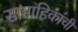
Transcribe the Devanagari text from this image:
साप्ताहिकांची